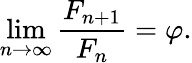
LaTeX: \operatorname*{lim}_{n\to\infty}{\frac{F_{n+1}}{F_{n}}}=\varphi.